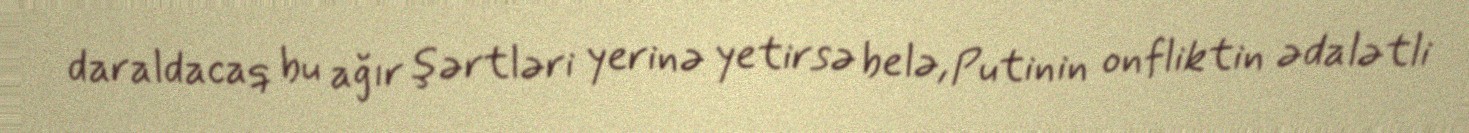
daraldacaq bu ağır şərtləri yerinə yetirsə belə, Putinin onfliktin ədalətli